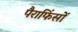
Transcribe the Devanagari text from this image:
पैराफिंसों